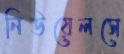
নিউয়েলসে